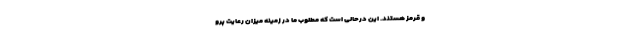
و قرمز هستند. این درحالی است که مطلوب ما در زمینه میزان رعایت پرو